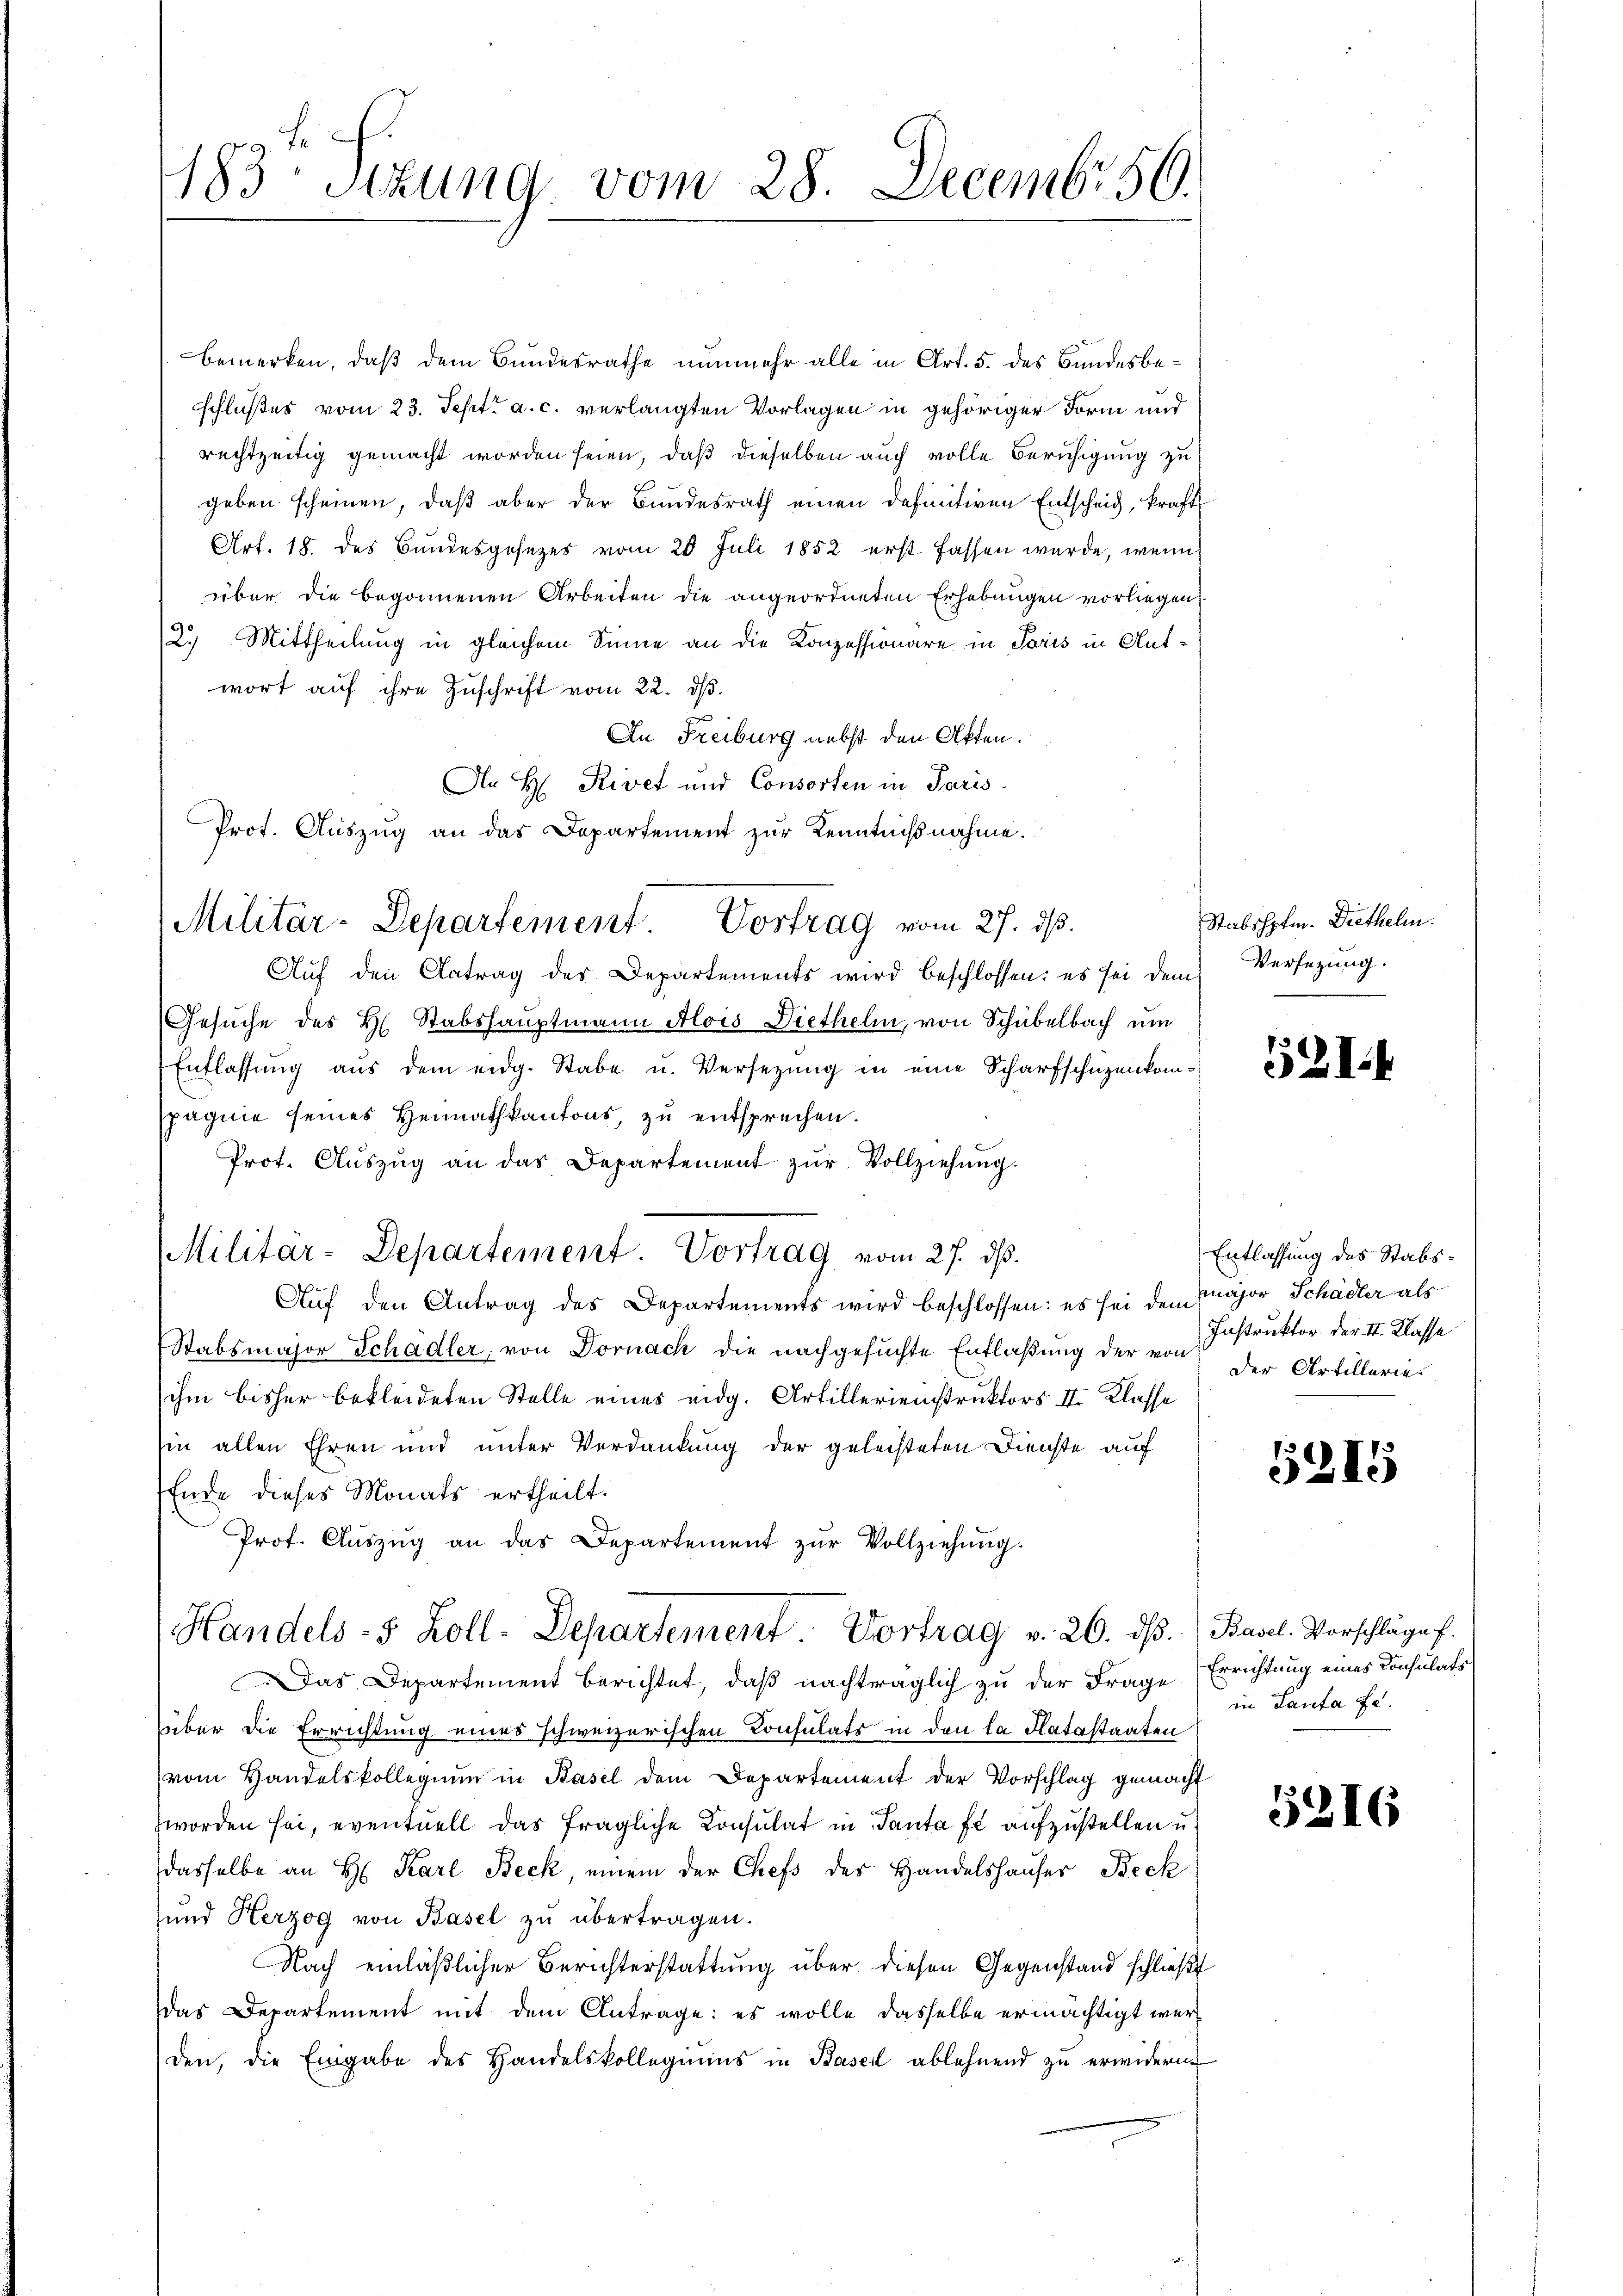
183. Sizung vom 28. Decembr 50.

An H. Rivet und Consorten in Paris.
Prot. Auszug an das Departement zur Kenntnißnahme.
Militär-Departement. Vortrag vom 27. ds.

bemerken, daß dem Bundesrathe nunmehr alle in Art. 5. des Bundesbeschlußes vom 23. Sept. a. c. verlangten Vorlagen in gehöriger Form und
rechtzeitig gemacht worden seien, daß dieselben auch volle Beruhigung zu
geben scheinen, daß aber der Bundesrath einen definitiven Entscheid, kraft
Art. 18. des Bundesgesezes vom 28 Juli 1852 erst fassen wurde, wenn
über die begonnenen Arbeiten die angeordneten Erhebungen vorliegen
2.) Mittheilung in gleichem Sinne an die Konzessionäre in Paris in Antwort auf ihre Zuschrift vom 22. dβ.
An Freiburg nebst den Akten.
Auf den Antrag der Departements wird beschlossen: es sei dem
Gesuche des H. Stabshauptmann Alois Diethelm, von Schubelbach um
Entlassung aus dem eidg. Stabe u. Versezung in eine Scharfschüzenkompagnie seines Heimathkantons, zu entsprechen.
Prot. Aŭszŭg an das Departement zŭr Vollziehŭng.
Militär-Departement. Vortrag vom 27. dβ.
Auf den Antrag des Departements wird beschlossen: es sei den Major Schädler als
Stabsmajor Schadler, von Dornach die nachgesŭchte Entlaβŭng der von der Artillerie
ihm bisher bekleideten Stelle eines eidg. Artillerieinstruktors III. Klasse
hin allen Ehren und unter Verdankung der geleisteten Dienste auf
Ende dieses Monats ertheilt.
Prof. Aŭszŭg an das Departement zŭr Vollziehŭng.
Handels- & Koll-Departement. Vortrag v. 26. dβ. (Basel. Vorschläge.
Das Departement berichtet, daß nachträglich zu der Frage
(über die Errichtung eines schweizerischen Consulats in den la Platastaaten
vom Handelskollegium in Basel dem Departement der Vorschlag gemacht
zworden sei, eventuell das fragliche Consulat in Tanta fi aufzustellen u.
dasselbe an H. Karl Beck, einem der Chefs der Handelshauses Beck
und Herzog von Basel zu übertragen.
Nach einläßlicher Berichterstattung über diesen Gegenstand schließt
das Departement mit dem Antrage: es wolle dasselbe ermächtigt werden, die Eingabe des Handelskollegiums in Basel ablehnend zu erwidern.

Stabshpfen. Diethelm.
Versezung.

52)

Entlassung des Stabs¬
Instruktor der II. Klasse

3
5215

Errichtung eines Consulats
in Lanta fe

5216